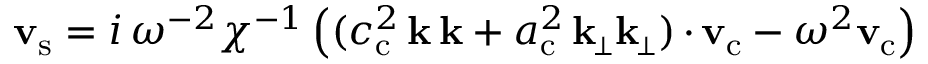
{ \mathbf { v } _ { \mathrm { s } } } = i \, \omega ^ { - 2 } \chi ^ { - 1 } \left( ( c _ { \mathrm { c } } ^ { 2 } \, \mathbf { k } \, \mathbf { k } + a _ { \mathrm { c } } ^ { 2 } \, \mathbf { k } _ { \scriptscriptstyle \! \perp } \mathbf { k } _ { \scriptscriptstyle \! \perp } ) \, { \boldsymbol { \cdot } } \, { \mathbf { v } _ { \mathrm { c } } } - \omega ^ { 2 } { \mathbf { v } _ { \mathrm { c } } } \right)